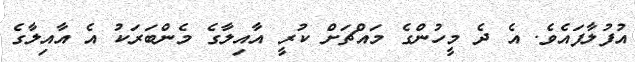
އުފުލާފައެވެ. އެ ދެ މީހުންގެ މައްޗަށް ކުރީ އާއިލާގެ މެންބަރަކު އެ އާއިލާގެ